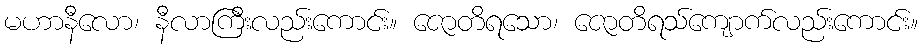
မဟာနီလော၊ နီလာကြီးလည်းကောင်း။ ဇောတိရသော၊ ဇောတိရသ်ကျောက်လည်းကောင်း။